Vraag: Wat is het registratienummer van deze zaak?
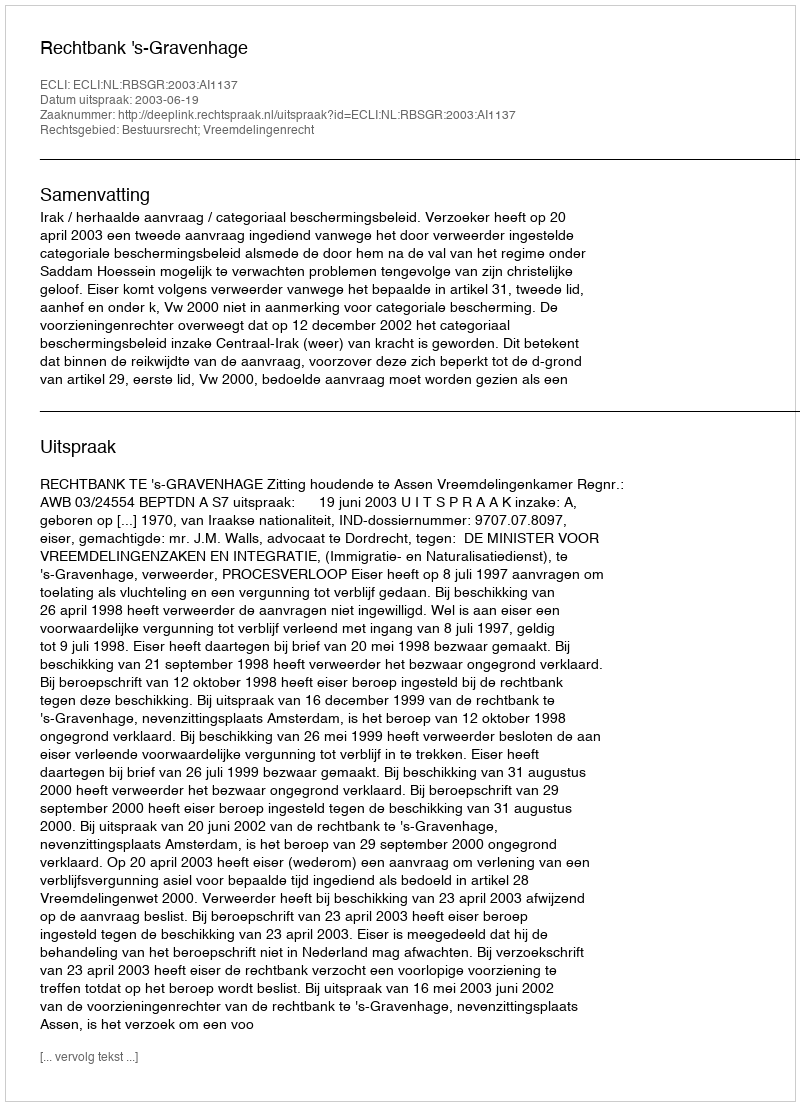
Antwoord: http://deeplink.rechtspraak.nl/uitspraak?id=ECLI:NL:RBSGR:2003:AI1137